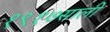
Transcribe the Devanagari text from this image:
१९१७साली